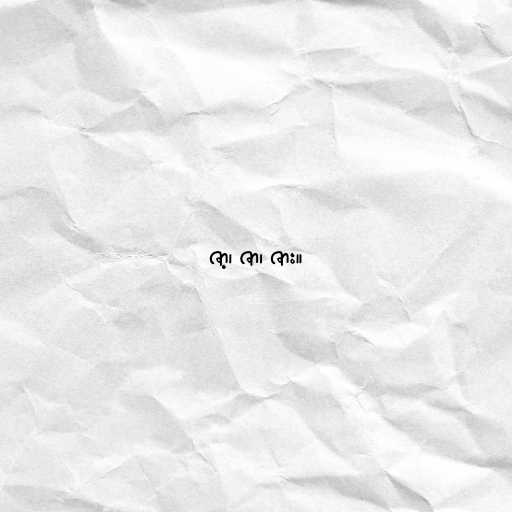
ဇာ့၊ ဇာ၊ ဇား။